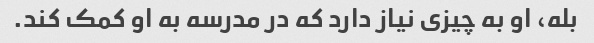
بله، او به چیزی نیاز دارد که در مدرسه به او کمک کند.